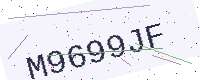
Text: M9699JF